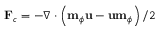
\mathbf { F } _ { c } = - \nabla \cdot \left( \mathbf { m } _ { \phi } \mathbf { u } - \mathbf { u } \mathbf { m } _ { \phi } \right) / 2